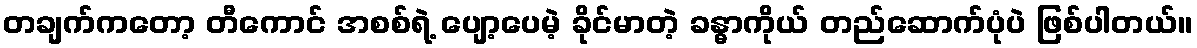
တချက်ကတော့ တီကောင် အစစ်ရဲ့ ပျော့ပေမဲ့ ခိုင်မာတဲ့ ခန္ဓာကိုယ် တည်ဆောက်ပုံပဲ ဖြစ်ပါတယ်။